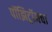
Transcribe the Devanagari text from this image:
पॉझिट्रॉनचा